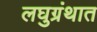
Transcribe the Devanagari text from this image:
लघुग्रंथात